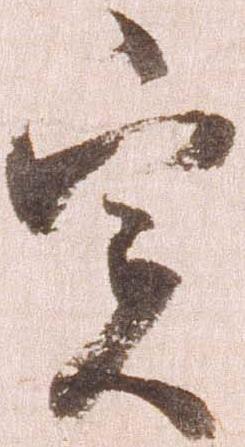
実